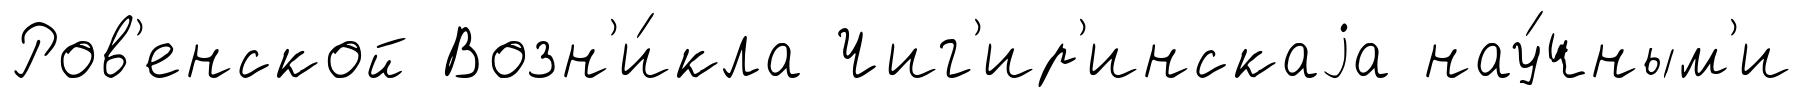
Ров'енской Возн'и́кла Чиг'ир'инскаjа нау́чным'и